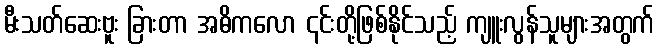
မီးသတ်ဆေးဗူး ခြားတာ အဓိကလော ၎င်းတို့ဖြစ်နိုင်သည့် ကျူးလွန်သူများအတွက်